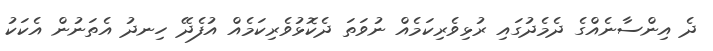
ދެ އިންސާނެއްގެ ދެމެދުގައި ރުޅިވެރިކަމެއް ނުވަތަ ދެކޮޅުވެރިކަމެއް އުފެދޭ ހިނދު އެތަނުން އެކަކު